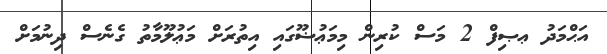
އަޙްމަދު ޢޞިފް 2 މަސް ކުރިން މިމަޢުޟޫގައި އިތުރަށް މަޢުލޫމާތު ގެނެސް ދިނުމަށް